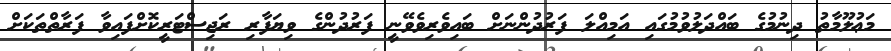
މަޢުލޫމާތު ދިނުމުގެ ބައްދަލުވުމުގައި އަމިއްލަ ފަރުދުންނަށް ބައިވެރިވެވޭނީ ފަރުދުންގެ ވިޔަފާރި ރަޖިސްޓަރީކޮށްފައިވާ ފަރާތްތަކަށް